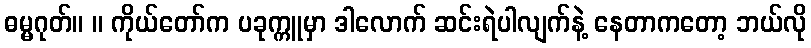
ဓမ္မဂုတ်။ ။ ကိုယ်တော်က ပခုက္ကူမှာ ဒါလောက် ဆင်းရဲပါလျက်နဲ့ နေတာကတော့ ဘယ်လို